Scottish Leaving Certificate Examination, 1951
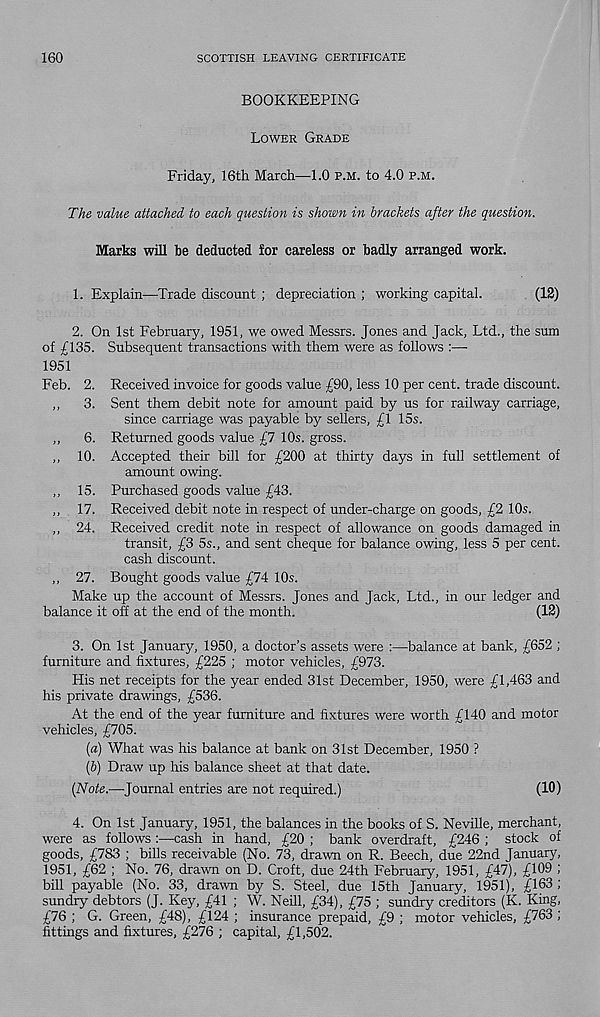
160
SCOTTISH LEAVING CERTIFICATE
BOOKKEEPING
Lower Grade
Friday, 16th March—1.0 p.m. to 4.0 p.m.
The value attached to each question is shown in brackets after the question.
Marks will be deducted for careless or badly arranged work.
1. Explain—Trade discount ; depreciation ; working capital.
(12)
2. On 1st February, 1951, we owed Messrs. Jones and Jack, Ltd., the sum
of £135. Subsequent transactions with them were as follows :—-
1951
Feb. 2. Received invoice for goods value £90, less 10 per cent, trade discount.
,,
3. Sent them debit note for amount paid by us for railway carriage,
since carriage was payable by sellers, £1 15s.
,,
6. Returned goods value £7 10s. gross.
,, 10. Accepted their bill for £200 at thirty days in full settlement of
amount owing.
,, 15. Purchased goods value £43.
,, 17. Received debit note in respect of under-charge on goods, £2 10s.
,, 24. Received credit note in respect of allowance on goods damaged in
transit, £3 5s., and sent cheque for balance owing, less 5 per cent,
cash discount.
,, 27. Bought goods value £74 10s.
Make up the account of Messrs. Jones and Jack, Ltd., in our ledger and
balance it off at the end of the month.
(12)
3. On 1st January, 1950, a doctor’s assets were :—balance at bank, £652 ;
furniture and fixtures, £225 ; motor vehicles, £973.
His net receipts for the year ended 31st December, 1950, were £1,463 and
his private drawings, £536.
At the end of the year furniture and fixtures were worth £140 and motor
vehicles, £705.
{a) What was his balance at bank on 31st December, 1950 ?
(&) Draw up his balance sheet at that date.
[Note.—-Journal entries are not required.)
(10)
4. On 1st January, 1951, the balances in the books of S. Neville, merchant,
were as follows :—cash in hand, £20 ; bank overdraft, £246 ; stock of
goods, £783 ; bills receivable (No. 73, drawn on R. Beech, due 22nd January,
1951, £62 ; No. 76, drawn on D. Croft, due 24th February, 1951, £47), £109 ;
bill payable (No. 33, drawn by S. Steel, due 15th January, 1951), £163 ,'
sundry debtors (J. Key, £41 ; W. Neill, £34), £75 ; sundry creditors (K. King,
£76 ; G. Green, £48), £124 ; insurance prepaid, £9 ; motor vehicles, £763 ;
fittings and fixtures, £276 ; capital, £1,502.